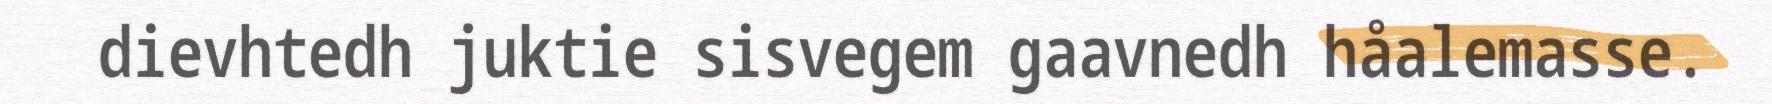
dievhtedh juktie sisvegem gaavnedh håalemasse.